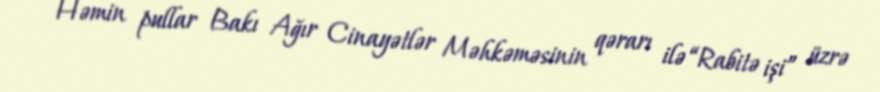
Həmin pullar Bakı Ağır Cinayətlər Məhkəməsinin qərarı ilə “Rabitə işi” üzrə